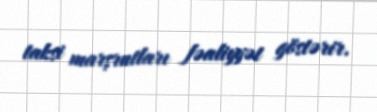
taksi marşrutları fəaliyyət göstərir.